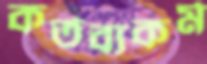
কর্তব্যকর্ম